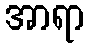
အာရာ